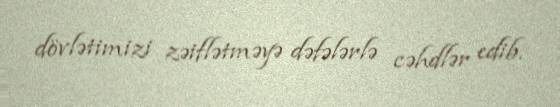
dövlətimizi zəiflətməyə dəfələrlə cəhdlər edib.